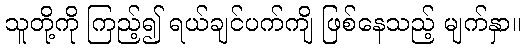
သူတို့ကို ကြည့်၍ ရယ်ချင်ပက်ကျိ ဖြစ်နေသည့် မျက်နှာ။